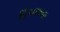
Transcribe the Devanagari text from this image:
द्विभाषक